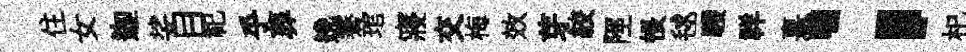
住女迦娑目祀乎葬𨓜騫琯寢交梅效芽絞陘悵毬騕祥憙；𣏌